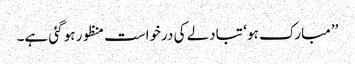
’’مبارک ہو ‘ تبادلے کی درخواست منظور ہو گئی ہے۔